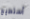
أستطيع